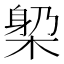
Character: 𣕼